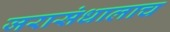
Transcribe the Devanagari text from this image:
जरासंधालाच